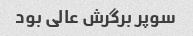
سوپر برگرش عالی بود